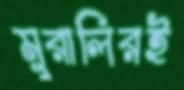
মুরালিরই